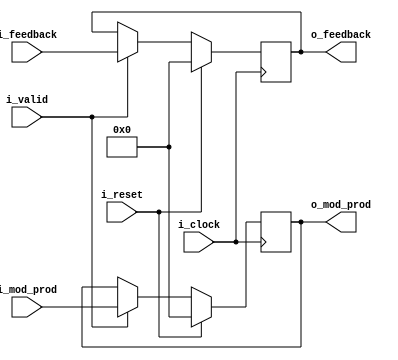
module ghash_stage3_pipe
#(
    parameter                                       NB_BLOCK    = 128 ,
    parameter                                       N_BLOCKS    = 2 ,
    parameter                                       NB_DATA     = N_BLOCKS*NB_BLOCK
)
(
    // OUTPUTS
    output      reg     [NB_BLOCK-1:0]              o_mod_prod ,
    output      reg     [NB_BLOCK-1:0]              o_feedback ,
    // INPUTS
    input       wire    [NB_BLOCK-1:0]              i_mod_prod ,
    input       wire    [NB_BLOCK-1:0]              i_feedback ,
    input       wire                                i_valid ,
    input       wire                                i_reset ,
    input       wire                                i_clock
) ;

    // QUICK INSTANCE: BEGIN
    /*
     ghash_stage3_pipe
    #(
        .NB_BLOCK       (  ) ,
        .N_BLOCKS       (  ) ,
        .NB_DATA        (  )
    )
    u_ghash_stage3_pipe
    (
        .o_mod_prod     (  ) ,
        .o_feedback     (  ) ,
        .i_mod_prod     (  ) ,
        .i_feedback     (  ) ,
        .i_valid        (  ) ,
        .i_reset        (  ) ,
        .i_clock        (  )
    ) ;
    */  // QUICK INSTANCE: END

    always @( posedge i_clock ) begin
        if ( i_reset ) begin
            o_mod_prod      <=  { NB_BLOCK{1'b0} } ;
            o_feedback      <=  { NB_BLOCK{1'b0} } ;
        end else if ( i_valid ) begin
            o_mod_prod      <=  i_mod_prod ;
            o_feedback      <=  i_feedback ;
        end
    end

endmodule